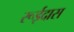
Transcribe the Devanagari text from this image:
रूईदास